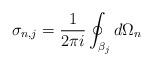
LaTeX: \begin{align*}\sigma_{n,j} = \frac{1}{2\pi i} \oint_{\beta_j} d\Omega_n\end{align*}